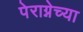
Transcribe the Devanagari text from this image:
पेराग्नेच्या